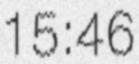
15:46